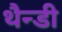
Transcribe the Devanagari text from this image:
थैन्डी